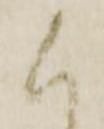
人